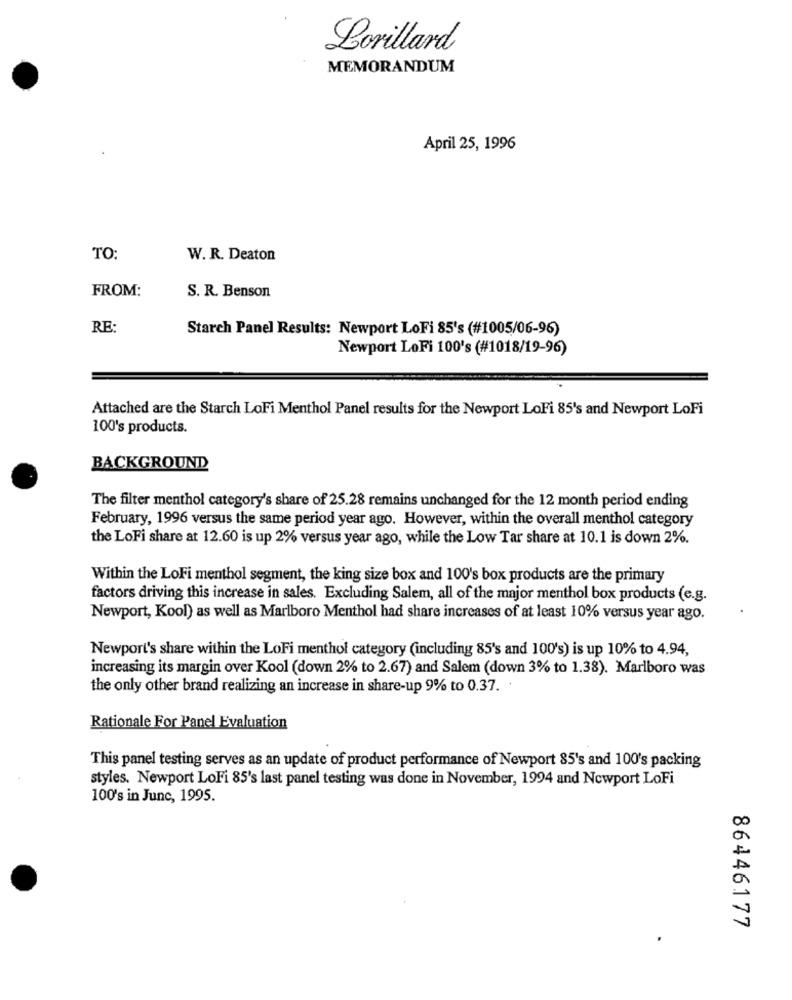
Lorillard
MEMORANDUM
April 25, 1996
TO:
W. R. Deaton
FROM:
S. R. Benson
RE:
Starch Panel Results: Newport LoFi 85's (#1005/06-96)
Newport LoFi 100's (#1018/19-96)
Attached are the Starch LoFi Menthol Panel results for the Newport LoFi 85's and Newport LoFi
100's products.
BACKGROUND
The filter menthol category's share of 25.28 remains unchanged for the 12 month period ending
February, 1996 versus the same period year ago. However, within the overall menthol category
the LoFi share at 12.60 is up 2% versus year ago, while the Low Tar share at 10.1 is down 2%.
Within the LoFi menthol segment, the king size box and 100's box products are the primary
factors driving this increase in sales. Excluding Salem, all of the major menthol box products (e.g.
Newport, Kool) as well as Marlboro Menthol had share increases of at least 10% versus year ago.
Newport's share within the LoFi menthol category (including 85's and 100's) is up 10% to 4.94,
increasing its margin over Kool (down 2% to 2.67) and Salem (down 3% to 1.38). Marlboro was
the only other brand realizing an increase in share-up 9% to 0.37. .
Rationale For Panel Evaluation
This panel testing serves as an update of product performance of Newport 85's and 100's packing
styles. Newport LoFi 85's last panel testing was done in November, 1994 and Newport LoFi
100's in June, 1995.
86446177